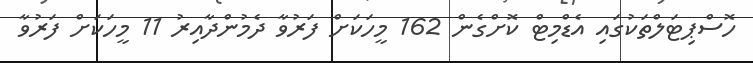
ހޮސްޕިޓަލްތަކުގައި އެޑްމިޓް ކޮށްގެން 162 މީހަކަށް ފަރުވާ ދެމުންދާއިރު 11 މީހަކަށް ފަރުވާ